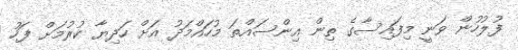
ފުލުހުން ވަނީ މިފައިސާގެ ތިން އިންސައްތަ މުހައްމަދު އަށް ހަދިޔާ ކުރުމަށް ފަހު